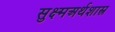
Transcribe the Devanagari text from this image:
सुक्ष्मअर्थशास्त्र